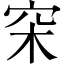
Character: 穼